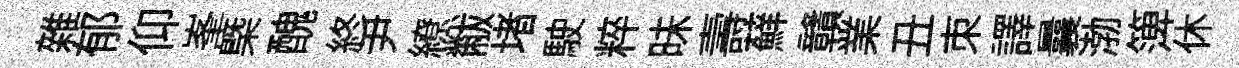
雜郁仰峯㮣醜終尹繚黻堵駛粹昧壽蘚贛業丑朿譯曩渤𥱼休